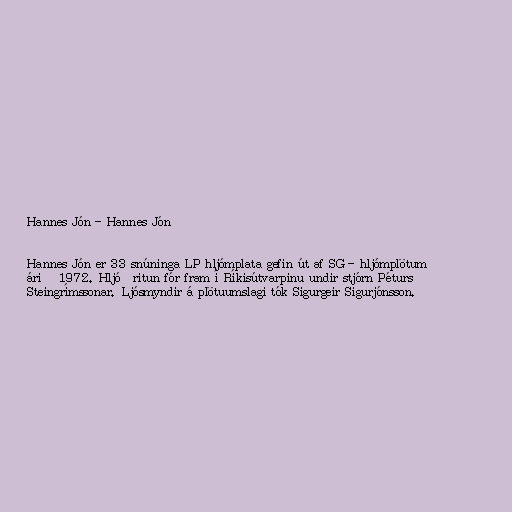
Hannes Jón - Hannes Jón

Hannes Jón er 33 snúninga LP hljómplata gefin út af SG - hljómplötum
árið 1972. Hljóðritun fór fram í Ríkisútvarpinu undir stjórn Péturs
Steingrímssonar. Ljósmyndir á plötuumslagi tók Sigurgeir Sigurjónsson.